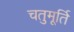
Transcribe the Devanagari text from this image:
चतुमूर्ति